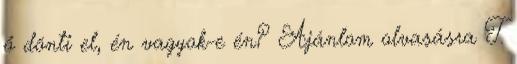
ő dönti el, én vagyok-e én? Ajánlom olvasásra T.